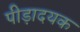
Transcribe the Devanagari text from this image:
पीड़ादयक